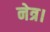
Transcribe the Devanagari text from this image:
नेत्र।